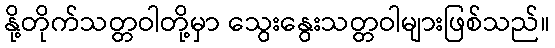
နို့တိုက်သတ္တဝါတို့မှာ သွေးနွေးသတ္တဝါများဖြစ်သည်။